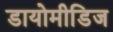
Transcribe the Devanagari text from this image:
डायोमीडिज